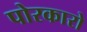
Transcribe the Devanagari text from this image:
पोरकारो